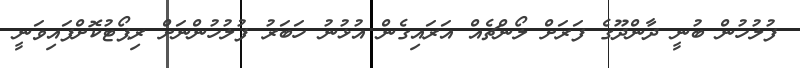
ފުލުހުން ބުނީ ދާންދޫގެ ފަރަށް ލޯންޗެއް އަރައިގެން އުޅުނު ހަބަރު ފުލުހުންނަށް ރިޕޯޓުކޮށްފައިވަނީ